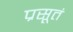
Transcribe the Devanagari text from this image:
प्रसूतं